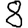
Digit: 8